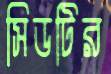
সিডটির